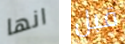
انها قبل